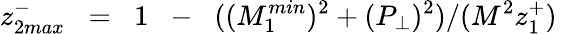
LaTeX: z_{2max}^{-}\; \; =\; \; 1\; \; -\; \; ((M_{1}^{min})^{2}+(P_{\perp})^{2})/(M^{2}z_{1}^{+})\; \;